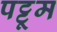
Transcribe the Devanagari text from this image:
पट्टूम